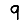
Digit: 9